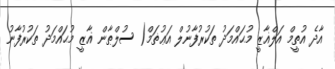
އާދެ އުތީމް އަލްޣާޒީ މުޙައްމަދު ތަކުރުފާނުލް އަޢުޡަމް( ސުލްޠާން ޣާޒީ މުޙައްމަދު ތަކުރުފާނު